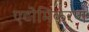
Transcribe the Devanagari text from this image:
एटोमिकरण